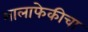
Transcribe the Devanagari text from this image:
भालाफेकीचा